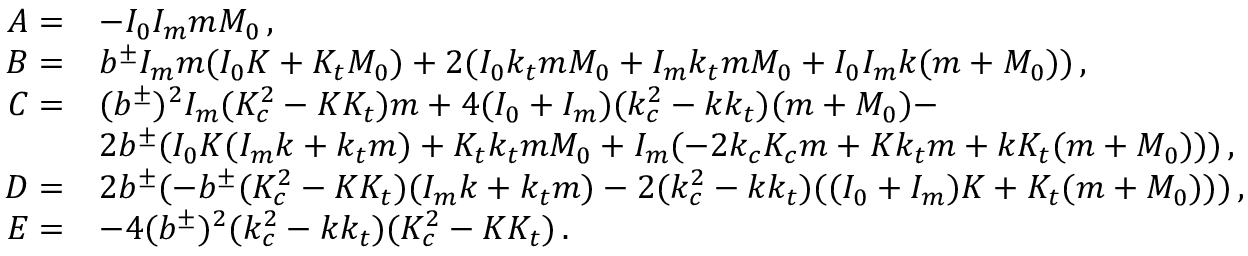
\begin{array} { r l } { A = } & { - I _ { 0 } I _ { m } m M _ { 0 } \, , } \\ { B = } & { b ^ { \pm } I _ { m } m ( I _ { 0 } K + K _ { t } M _ { 0 } ) + 2 ( I _ { 0 } k _ { t } m M _ { 0 } + I _ { m } k _ { t } m M _ { 0 } + I _ { 0 } I _ { m } k ( m + M _ { 0 } ) ) \, , } \\ { C = } & { ( b ^ { \pm } ) ^ { 2 } I _ { m } ( K _ { c } ^ { 2 } - K K _ { t } ) m + 4 ( I _ { 0 } + I _ { m } ) ( k _ { c } ^ { 2 } - k k _ { t } ) ( m + M _ { 0 } ) - } \\ & { 2 b ^ { \pm } ( I _ { 0 } K ( I _ { m } k + k _ { t } m ) + K _ { t } k _ { t } m M _ { 0 } + I _ { m } ( - 2 k _ { c } K _ { c } m + K k _ { t } m + k K _ { t } ( m + M _ { 0 } ) ) ) \, , } \\ { D = } & { 2 b ^ { \pm } ( - b ^ { \pm } ( K _ { c } ^ { 2 } - K K _ { t } ) ( I _ { m } k + k _ { t } m ) - 2 ( k _ { c } ^ { 2 } - k k _ { t } ) ( ( I _ { 0 } + I _ { m } ) K + K _ { t } ( m + M _ { 0 } ) ) ) \, , } \\ { E = } & { - 4 ( b ^ { \pm } ) ^ { 2 } ( k _ { c } ^ { 2 } - k k _ { t } ) ( K _ { c } ^ { 2 } - K K _ { t } ) \, . } \end{array}